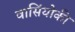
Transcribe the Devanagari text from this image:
वासिंयोकी